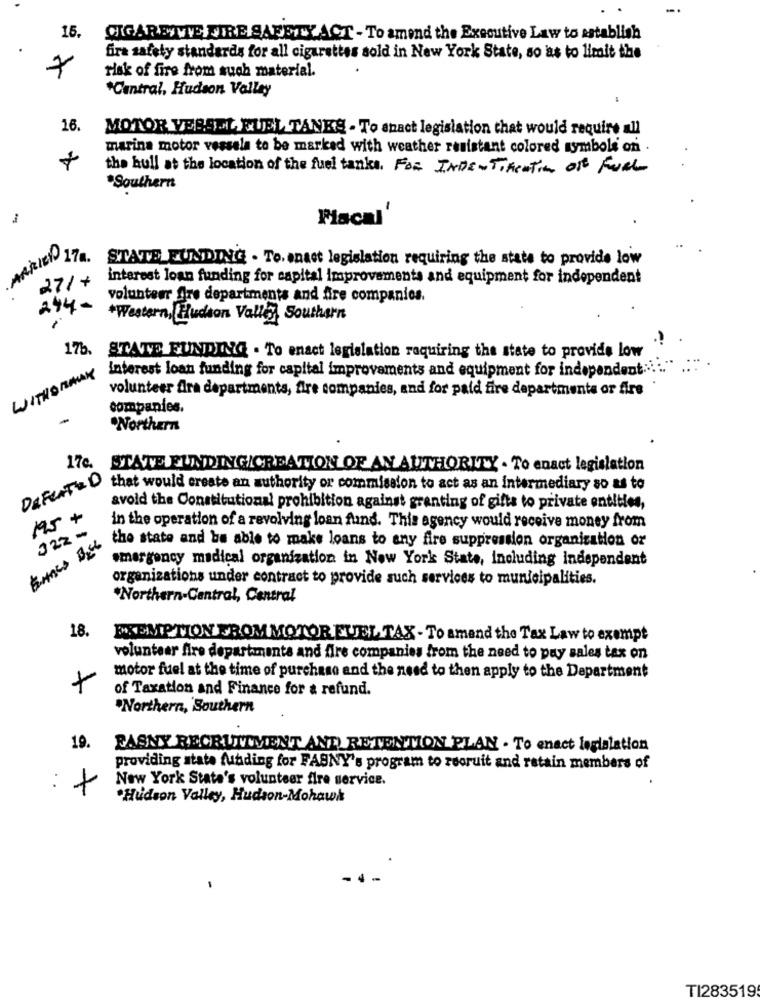
15.
CIGARETVIE FIRE SAFETY ACT - To amend the Executive Law to establish
fira safety standards for all cigarettes sold in New York State, so as to limit the
7
risk of fire from such material.
*Central, Hudson Valley
16.
MOTOR VERSOLA FUEL TANKS - To anact legislation that would require all
marina motor vessela to be marked with weather resistant colored symbols on .
+
the hull at the location of the fuel tanks. For INDENTIACTION Of FULL
Southern
Fiscal'
ARIEN 174. STATE FUNDING . To. enact legislation requiring the state to provide low
interest loan funding for capital improvements and equipment for independent
27/+
volunteer fire departments and fire companies.
244-
*Western, Hudson Valley Southern
175,
?
STATE FUNDING . To enact legislation requiring the state to provide low
WITHORMAY
Interest loan funding for capital improvements and equipment for independent .... "
volunteer fire departments, fire companies, and for paid fire departments or fire
companies.
-
Northern
17c. STATE FUNDING/CREATION OF AN AUTHORITY . To enact legislation
DEFEATED
that would create an authority or commission to act as an intermediary so as to
avoid the Constitutional prohibition against granting of gifta to private entities,
7.5 +
322-
in the operation of a revolving loan fund. This agency would receive money from
the state and be able to make loans to any fire suppression organization or
emergency medical organization in New York State, including independent
organizations under contract to provide such services to municipalities.
*Northern-Central, Central
18.
EXEMPTION FROM MOTOR EUEL TAX - To amend the Tax Law to exempt
volunteer fire departments and fire companies from the need to pay sales tax on
+
motor fuel at the time of purchase and the need to then apply to the Department
of Taxation and Finance for a refund.
"Northern, Southern
19.
PASNY RECRUITMENT AND RETENTION PLAN . To enact Inglalation
providing state funding for FABNY's program to recruit and retain members of
New York Stata's volunteer fire service.
: +
.Hudson Valley, Hudson-Mohawk
TI283519